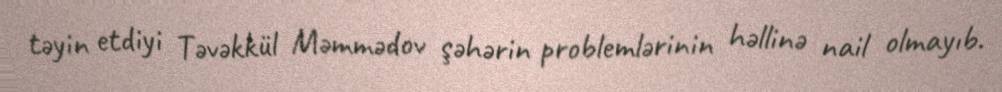
təyin etdiyi Təvəkkül Məmmədov şəhərin problemlərinin həllinə nail olmayıb.